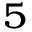
_ 5